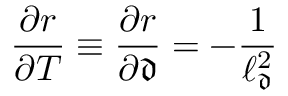
\frac { \partial r } { \partial T } \equiv \frac { \partial r } { \partial \mathfrak { d } } = - \frac { 1 } { \ell _ { \mathfrak { d } } ^ { 2 } }